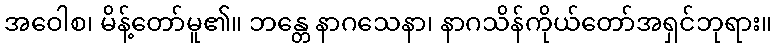
အဝေါစ၊ မိန့်တော်မူ၏။ ဘန္တေ နာဂသေနာ၊ နာဂသိန်ကိုယ်တော်အရှင်ဘုရား။